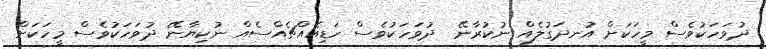
ދުވަހަކުވެސް މީހަކަށް އުނދަގުލެއް ނުކުރާނޭ  ދުވަހަކުވެސް ހަޑިއެއްޗެއްސެއް ނުކިޔާނޭ ދުވަހަކުވެސް މީހަކަށް